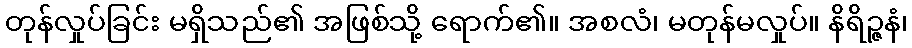
တုန်လှုပ်ခြင်း မရှိသည်၏ အဖြစ်သို့ ရောက်၏။ အစလံ၊ မတုန်မလှုပ်။ နိရိဉ္ဇနံ၊